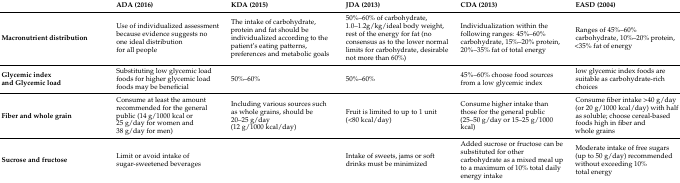
|  | ADA (2016) | KDA (2015) | JDA (2013) | CDA (2013) | EASD (2004) |
 | --- | --- | --- | --- | --- | --- |
 | Macronutrient distribution | Use of individualized assessment because evidence suggests no one ideal distribution for all people | The intake of carbohydrate, protein and fat should be individualized according to the patient’s eating patterns, preferences and metabolic goals | 50%–60% of carbohydrate, 1.0–1.2g/kg/ideal body weight, rest of the energy for fat (no consensus as to the lower normal limits for carbohydrate, desirable not more than 60%) | Individualization within the following ranges: 45%–60% carbohydrate, 15%–20% protein, 20%–35% fat of total energy | Ranges of 45%–60% carbohydrate, 10%–20% protein, <35% fat of energy |
 | Glycemic index and Glycemic load | Substituting low glycemic load foods for higher glycemic load foods may be beneficial | 50%–60% | 50%–60% | 45%–60% choose food sources from a low glycemic index | low glycemic index foods are suitable as carbohydrate-rich choices |
 | Fiber and whole grain | Consume at least the amount recommended for the general public (14 g/1000 kcal or 25 g/day for women and 38 g/day for men) | Including various sources such as whole grains, should be 20–25 g/day (12 g/1000 kcal/day) | Fruit is limited to up to 1 unit (<80 kcal/day) | Consume higher intake than those for the general public (25–50 g/day or 15–25 g/1000 kcal) | Consume fiber intake >40 g/day (or 20 g/1000 kcal/day) with half as soluble; choose cereal-based foods high in fiber and whole grains |
 | Sucrose and fructose | Limit or avoid intake of sugar-sweetened beverages |  | Intake of sweets, jams or soft drinks must be minimized | Added sucrose or fructose can be substituted for other carbohydrate as a mixed meal up to a maximum of 10% total daily energy intake | Moderate intake of free sugars (up to 50 g/day) recommended without exceeding 10% total energy |